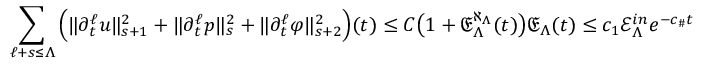
\sum _ { \ell + s \leq \Lambda } \Big ( \| \partial _ { t } ^ { \ell } u \| _ { s + 1 } ^ { 2 } + \| \partial _ { t } ^ { \ell } p \| _ { s } ^ { 2 } + \| \partial _ { t } ^ { \ell } \varphi \| _ { s + 2 } ^ { 2 } \Big ) ( t ) \leq C \big ( 1 + \mathfrak { E } _ { \Lambda } ^ { \aleph _ { \Lambda } } ( t ) \big ) \mathfrak { E } _ { \Lambda } ( t ) \leq c _ { 1 } \mathcal { E } _ { \Lambda } ^ { i n } e ^ { - c _ { \# } t }